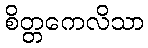
စိတ္တကေလိသာ